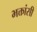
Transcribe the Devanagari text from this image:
भक्तांसी